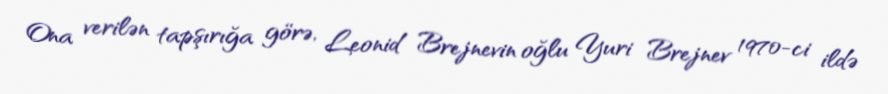
Ona verilən tapşırığa görə, Leonid Brejnevin oğlu Yuri Brejnev 1970-ci ildə